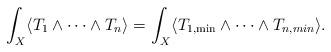
LaTeX: \begin{align*}\int_X \langle T_1\wedge \cdots \wedge T_n\rangle =\int_X \langle T_{1,\min}\wedge \cdots \wedge T_{n,min}\rangle.\end{align*}